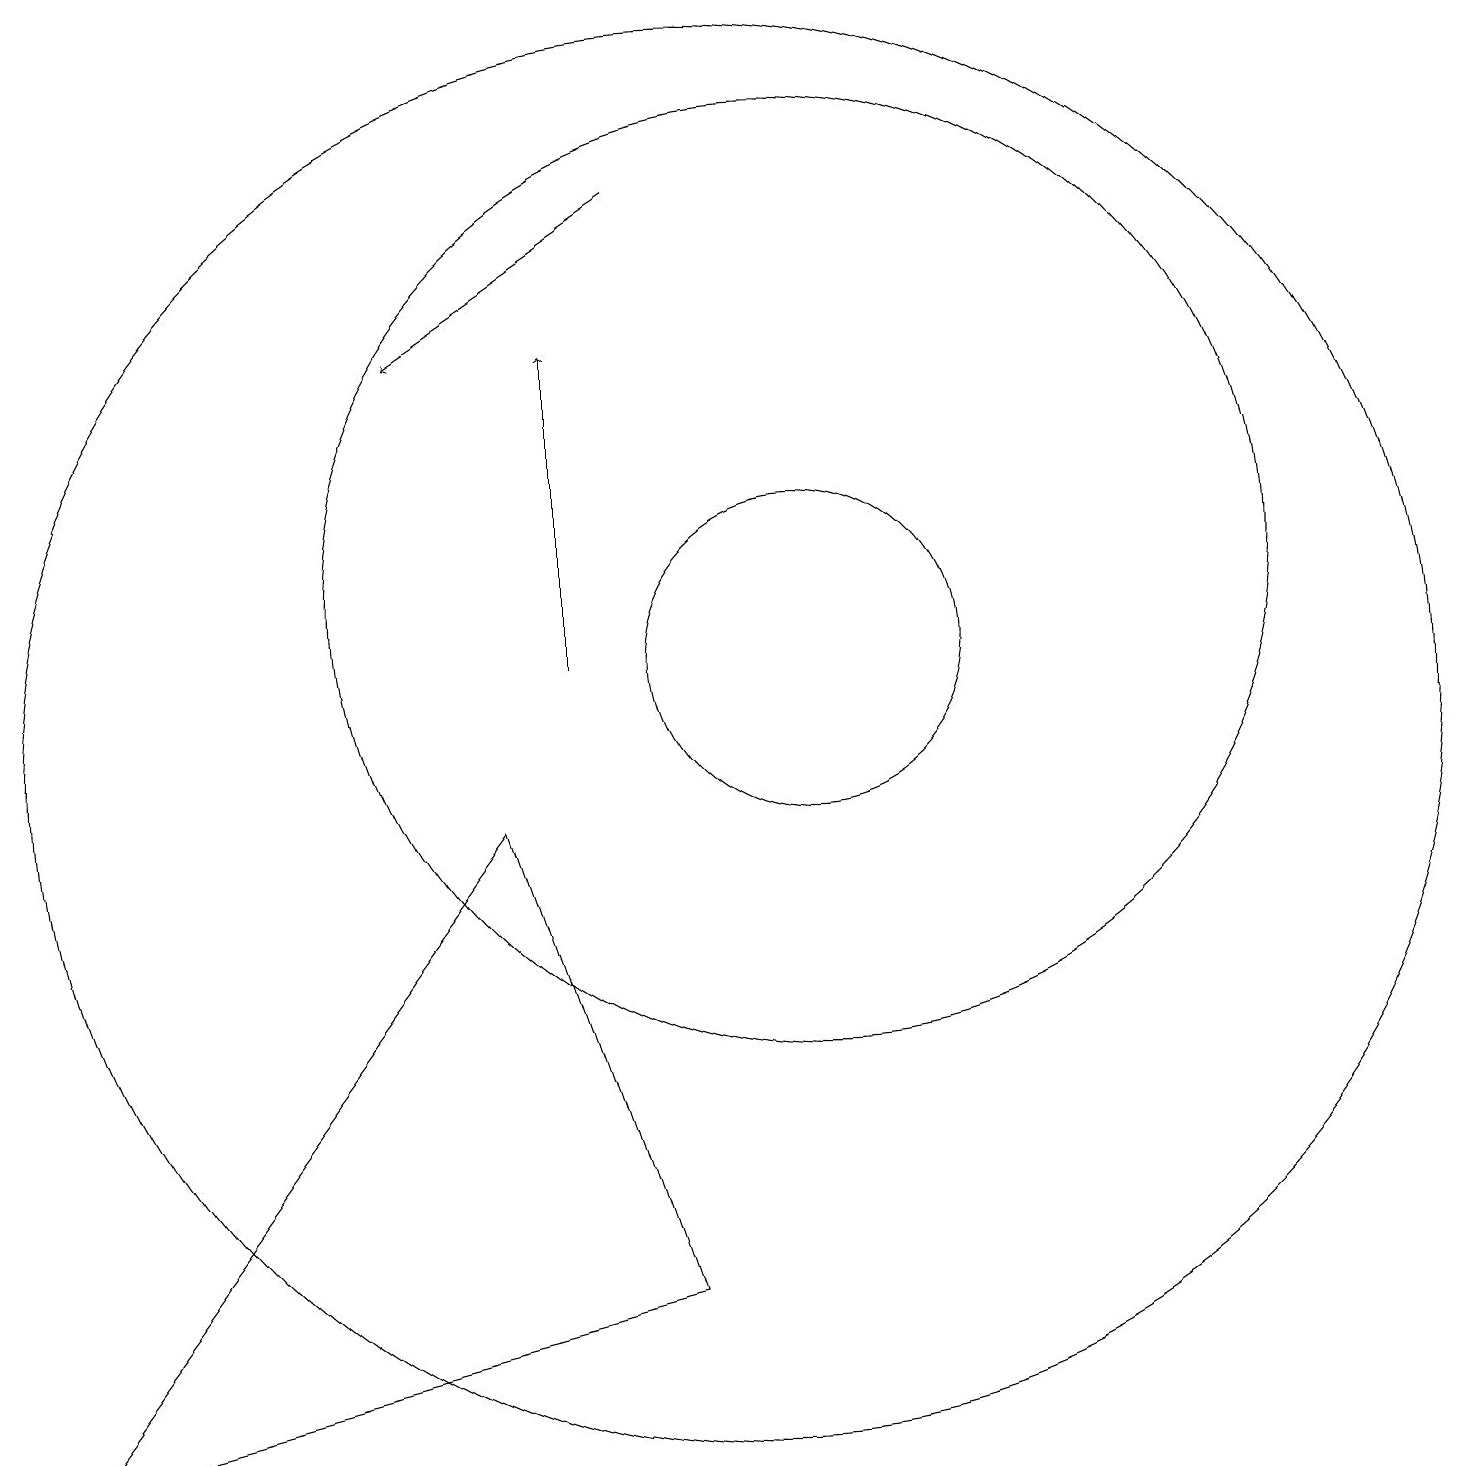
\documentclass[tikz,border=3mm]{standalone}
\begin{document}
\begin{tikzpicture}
\draw (11,12) circle (6);
\draw[->] (9,17) -- (6,15);
\draw[->] (8,11) -- (8,15);
\draw (10,10) circle (9);
\draw (1,1) -- (9,3) -- (7,9) -- cycle;
\draw (11,11) circle (2);
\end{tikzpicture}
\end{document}